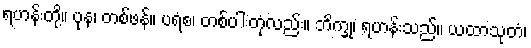
ရဟန်းတို့။ ပုန၊ တစ်ဖန်။ ပရံစ၊ တစ်ပါးတုံလည်း။ ဘိက္ခု၊ ရဟန်းသည်။ ယထာသုတံ၊